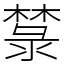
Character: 㯟